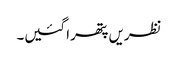
نظریں پتھرا گئیں۔